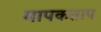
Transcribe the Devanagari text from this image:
मापकताप